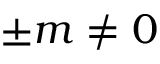
\pm m \neq 0